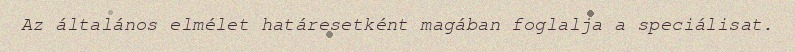
Az általános elmélet határesetként magában foglalja a speciálisat.